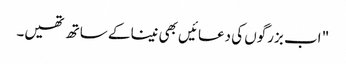
" اب بزرگوں کی دعائیں بھی نینا کے ساتھ تھیں۔